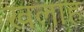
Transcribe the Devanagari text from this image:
खलाह